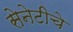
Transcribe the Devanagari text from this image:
सेनेटीचे